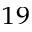
^ { 1 9 }